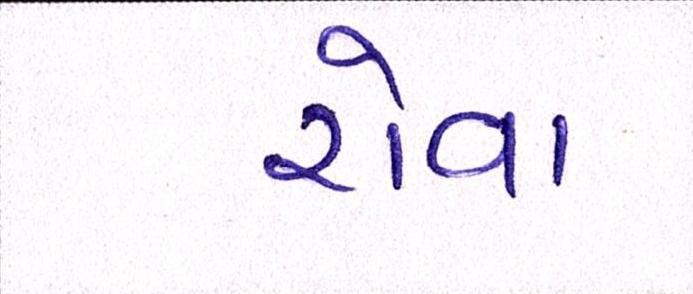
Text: રોવા